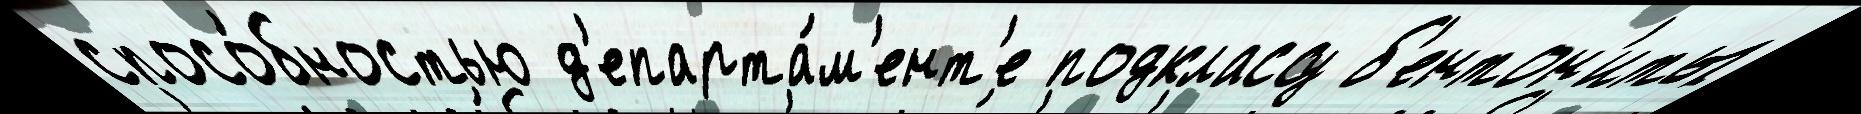
спосо́бностью д'епарта́м'ент'е подклассу б'ентон'иты